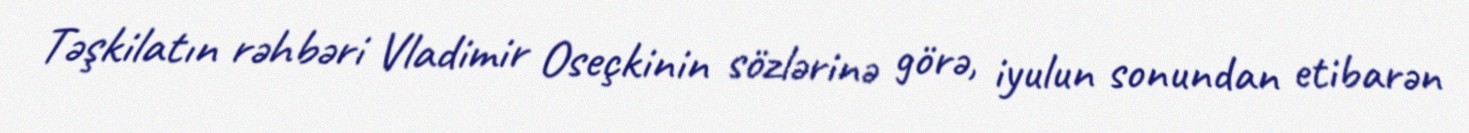
Təşkilatın rəhbəri Vladimir Oseçkinin sözlərinə görə, iyulun sonundan etibarən